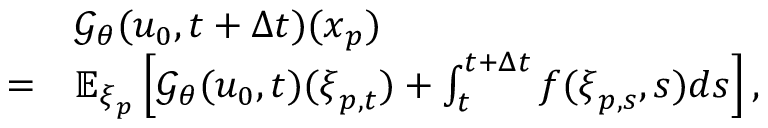
\begin{array} { r l } & { \mathcal { G } _ { \theta } ( u _ { 0 } , t + \Delta t ) ( \boldsymbol { x } _ { p } ) } \\ { = } & { \mathbb { E } _ { \boldsymbol { \xi } _ { p } } \left[ \mathcal { G } _ { \theta } ( u _ { 0 } , t ) ( \boldsymbol { \xi } _ { p , t } ) + \int _ { t } ^ { t + \Delta t } f ( \boldsymbol { \xi } _ { p , s } , s ) d s \right] , } \end{array}